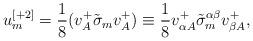
LaTeX: \begin{align*}u^{{ [+2]}}_{{ m}} = {{ 1}\over {8}} (v^{+}_{{ A}} \tilde{\sigma }_{{ m}} v^{+}_{{ A}}) \equiv{{ 1}\over { 8}} v^{+}_{\alpha { A}} \tilde{\sigma }^{\alpha\beta }_{{ m}} v^{+}_{\beta { A}} ,\end{align*}